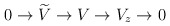
\begin{align*}0 \rightarrow \widetilde{V} \rightarrow V \rightarrow V_{z}\rightarrow 0\end{align*}